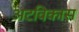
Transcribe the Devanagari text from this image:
अटविकास